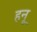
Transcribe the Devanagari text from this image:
हनू